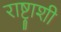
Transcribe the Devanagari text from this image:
राष्ट्राशी